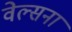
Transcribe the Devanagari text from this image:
वेल्सना